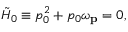
\tilde { { \cal H } } _ { 0 } \equiv p _ { 0 } ^ { 2 } + p _ { 0 } \omega _ { \bf \small p } = 0 ,